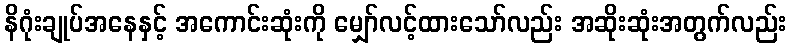
နိဂုံးချုပ်အနေနှင့် အကောင်းဆုံးကို မျှော်လင့်ထားသော်လည်း အဆိုးဆုံးအတွက်လည်း